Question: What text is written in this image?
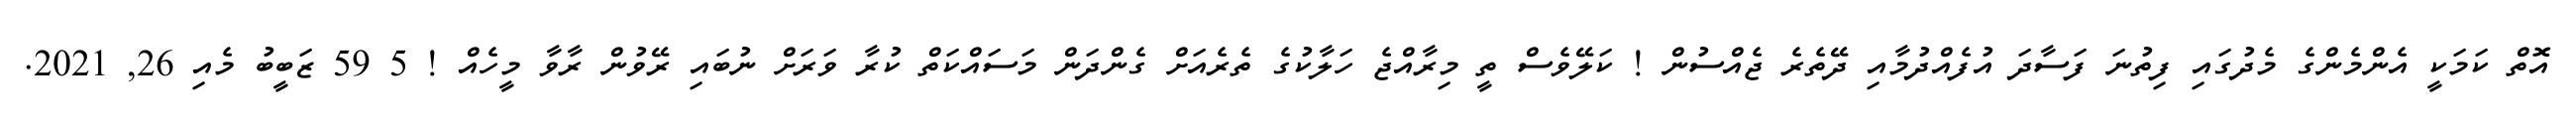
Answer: އޮތް ކަމަކީ އެންމެންގެ މެދުގައި ފިތުނަ ފަސާދަ އުފެއްދުމާއި ދޭތެރެ ޖެއްސުން ! ކަލޭވެސް ތީ މިރާއްޖެ ހަލާކުގެ ތެރެއަށް ގެންދަން މަސައްކަތް ކުރާ ވަރަށް ނުބައި ރޭވުން ރާވާ މީހެއް ! 5 59 ޒަބީބު މެއި 26, 2021.